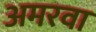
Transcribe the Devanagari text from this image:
अमरवा